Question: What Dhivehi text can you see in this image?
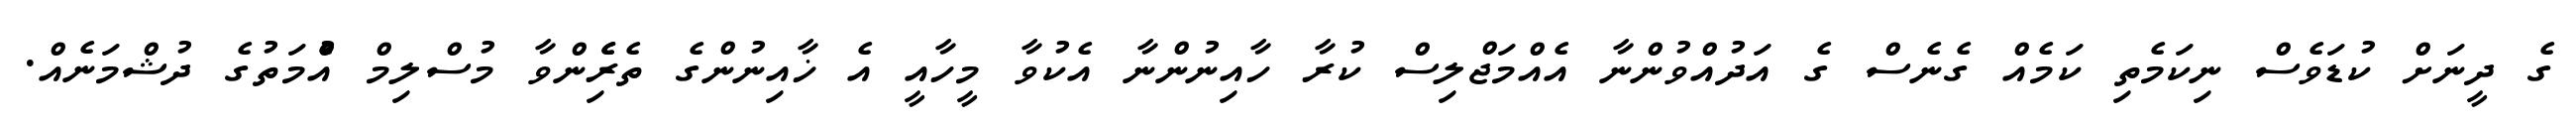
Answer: ގެ ދީނަށް ކުޑަވެސް ނިކަމެތި ކަމެއް ގެނެސް ގެ އަދުއްވުންނާ އެއްމަޖްލިސް ކުރާ ހާއިނުންނާ އެކުވާ މީހާއީ އެ ޚާއިނުންގެ ތެރެެިންވާ މުސްލިމް އުެްމަތުގެ ދުޝްމަނެއް.